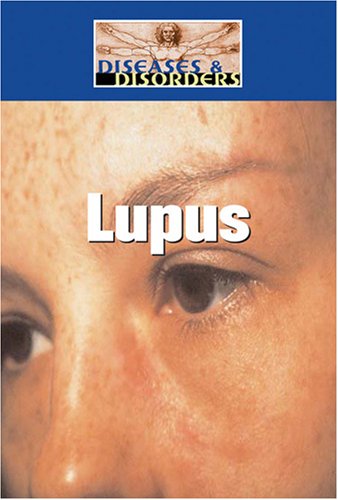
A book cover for Lupus (Diseases and Disorders); Melissa Abramovitz; Health, Fitness & Dieting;